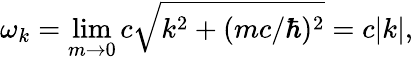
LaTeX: \omega_{k}=\operatorname*{lim}_{m\to 0}c\sqrt{k^{2}+(mc/\hbar)^{2}}=c|k|,